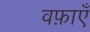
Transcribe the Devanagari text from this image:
वफ़ाएँ